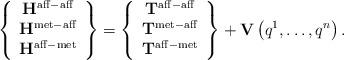
LaTeX: \begin{align*}\left\{\begin{array}{c}{\mathbf H}^{\rm aff-aff}\\{\mathbf H}^{\rm met-aff}\\{\mathbf H}^{\rm aff-met}\end{array}\right\}=\left\{\begin{array}{c}{\mathbf T}^{\rm aff-aff}\\{\mathbf T}^{\rm met-aff}\\{\mathbf T}^{\rm aff-met}\end{array}\right\}+{\mathbf V}\left(q^{1}, \ldots , q^{n}\right).\end{align*}